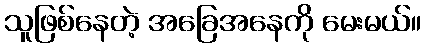
သူဖြစ်နေတဲ့ အခြေအနေကို မေးမယ်။